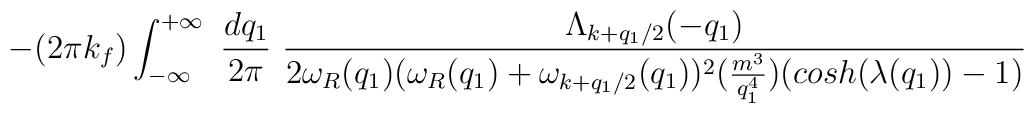
- (2\pi k_{f})\int_{-\infty}^{+\infty} \mbox{ }\frac{ dq_{1} }{2\pi}\mbox{ }\frac{ \Lambda_{ k + q_{1}/2 }(-q_{1}) }{ 2\omega_{R}(q_{1})(\omega_{R}(q_{1}) + \omega_{k + q_{1}/2}(q_{1}))^{2}(\frac{ m^{3} }{q_{1}^{4}})( cosh(\lambda(q_{1})) - 1 ) }